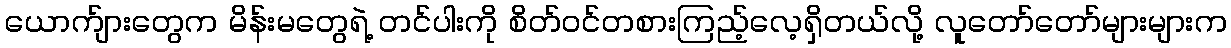
ယောက်ျားတွေက မိန်းမတွေရဲ့ တင်ပါးကို စိတ်ဝင်တစားကြည့်လေ့ရှိတယ်လို့ လူတော်တော်များများက